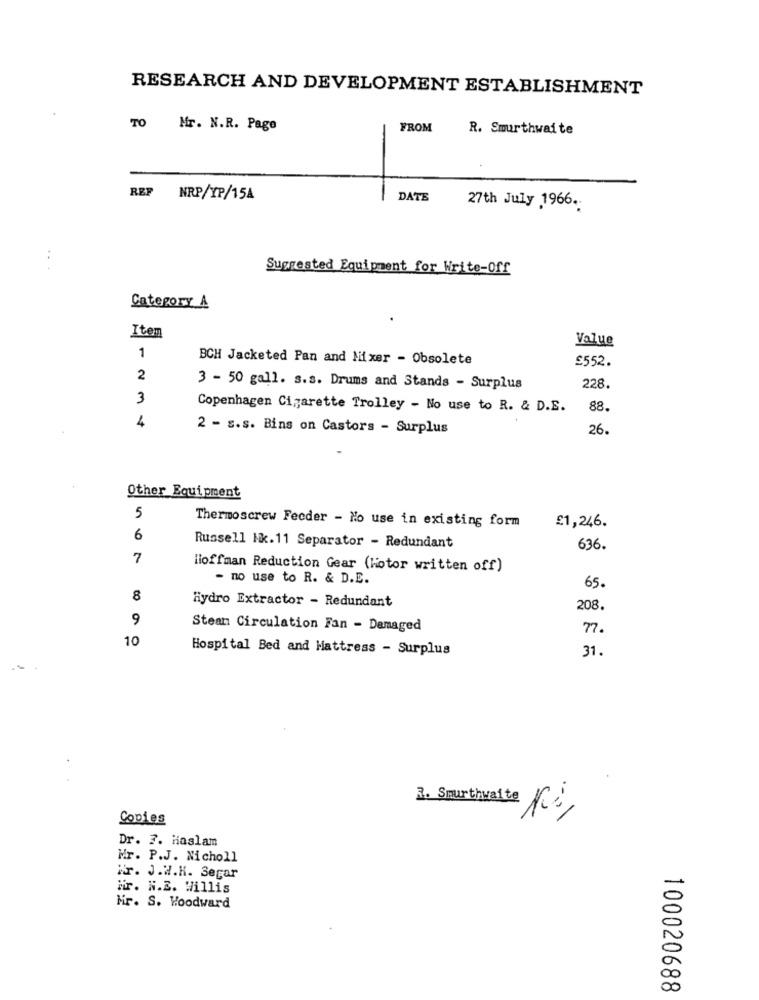
RESEARCH AND DEVELOPMENT ESTABLISHMENT
TO Mr. N.R. Page
FROM
R. Smurthwaite
REP NRP/YP/15A
DATE
27th July 1966.
..
Suggested Equipment for Write-off
Category A
Item
Value
1
BCH Jacketed Pan and Mixer - Obsolete
£552.
2
3 - 50 gall. s.s. Drums and Stands - Surplus
228.
3
Copenhagen Cigarette Trolley - No use to R. & D.E.
88.
4
2 - s.s. Bins on Castors - Surplus
26.
Other Equipment
5
Thermoscrew Fecder - No use in existing form
£1,246.
6
Russell Mk.11 Separator - Redundant
636.
7
lioffman Reduction Gear (hotor written off)
- no use to R. & D.E.
65.
8
Hydro Extractor - Redundant
208.
9
Stean Circulation Fan - Damaged
77.
10
Hospital Bed and Mattress - Surplus
31.
Cooles
1. Smurthwaite Ki,
Dr. 7. Haslam
Mr. P.J. Nicholl
Mr. J.W.K. Segar
Mir. N.Z. Willis
Mr. S. Woodward
100020688